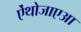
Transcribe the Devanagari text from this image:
ऐंथोजाएआ